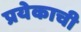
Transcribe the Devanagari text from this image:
प्रयेकाची